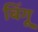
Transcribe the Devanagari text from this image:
बिंगू